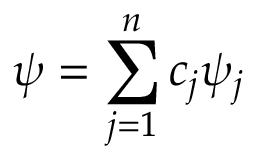
\psi = \sum _ { j = 1 } ^ { n } c _ { j } \psi _ { j }